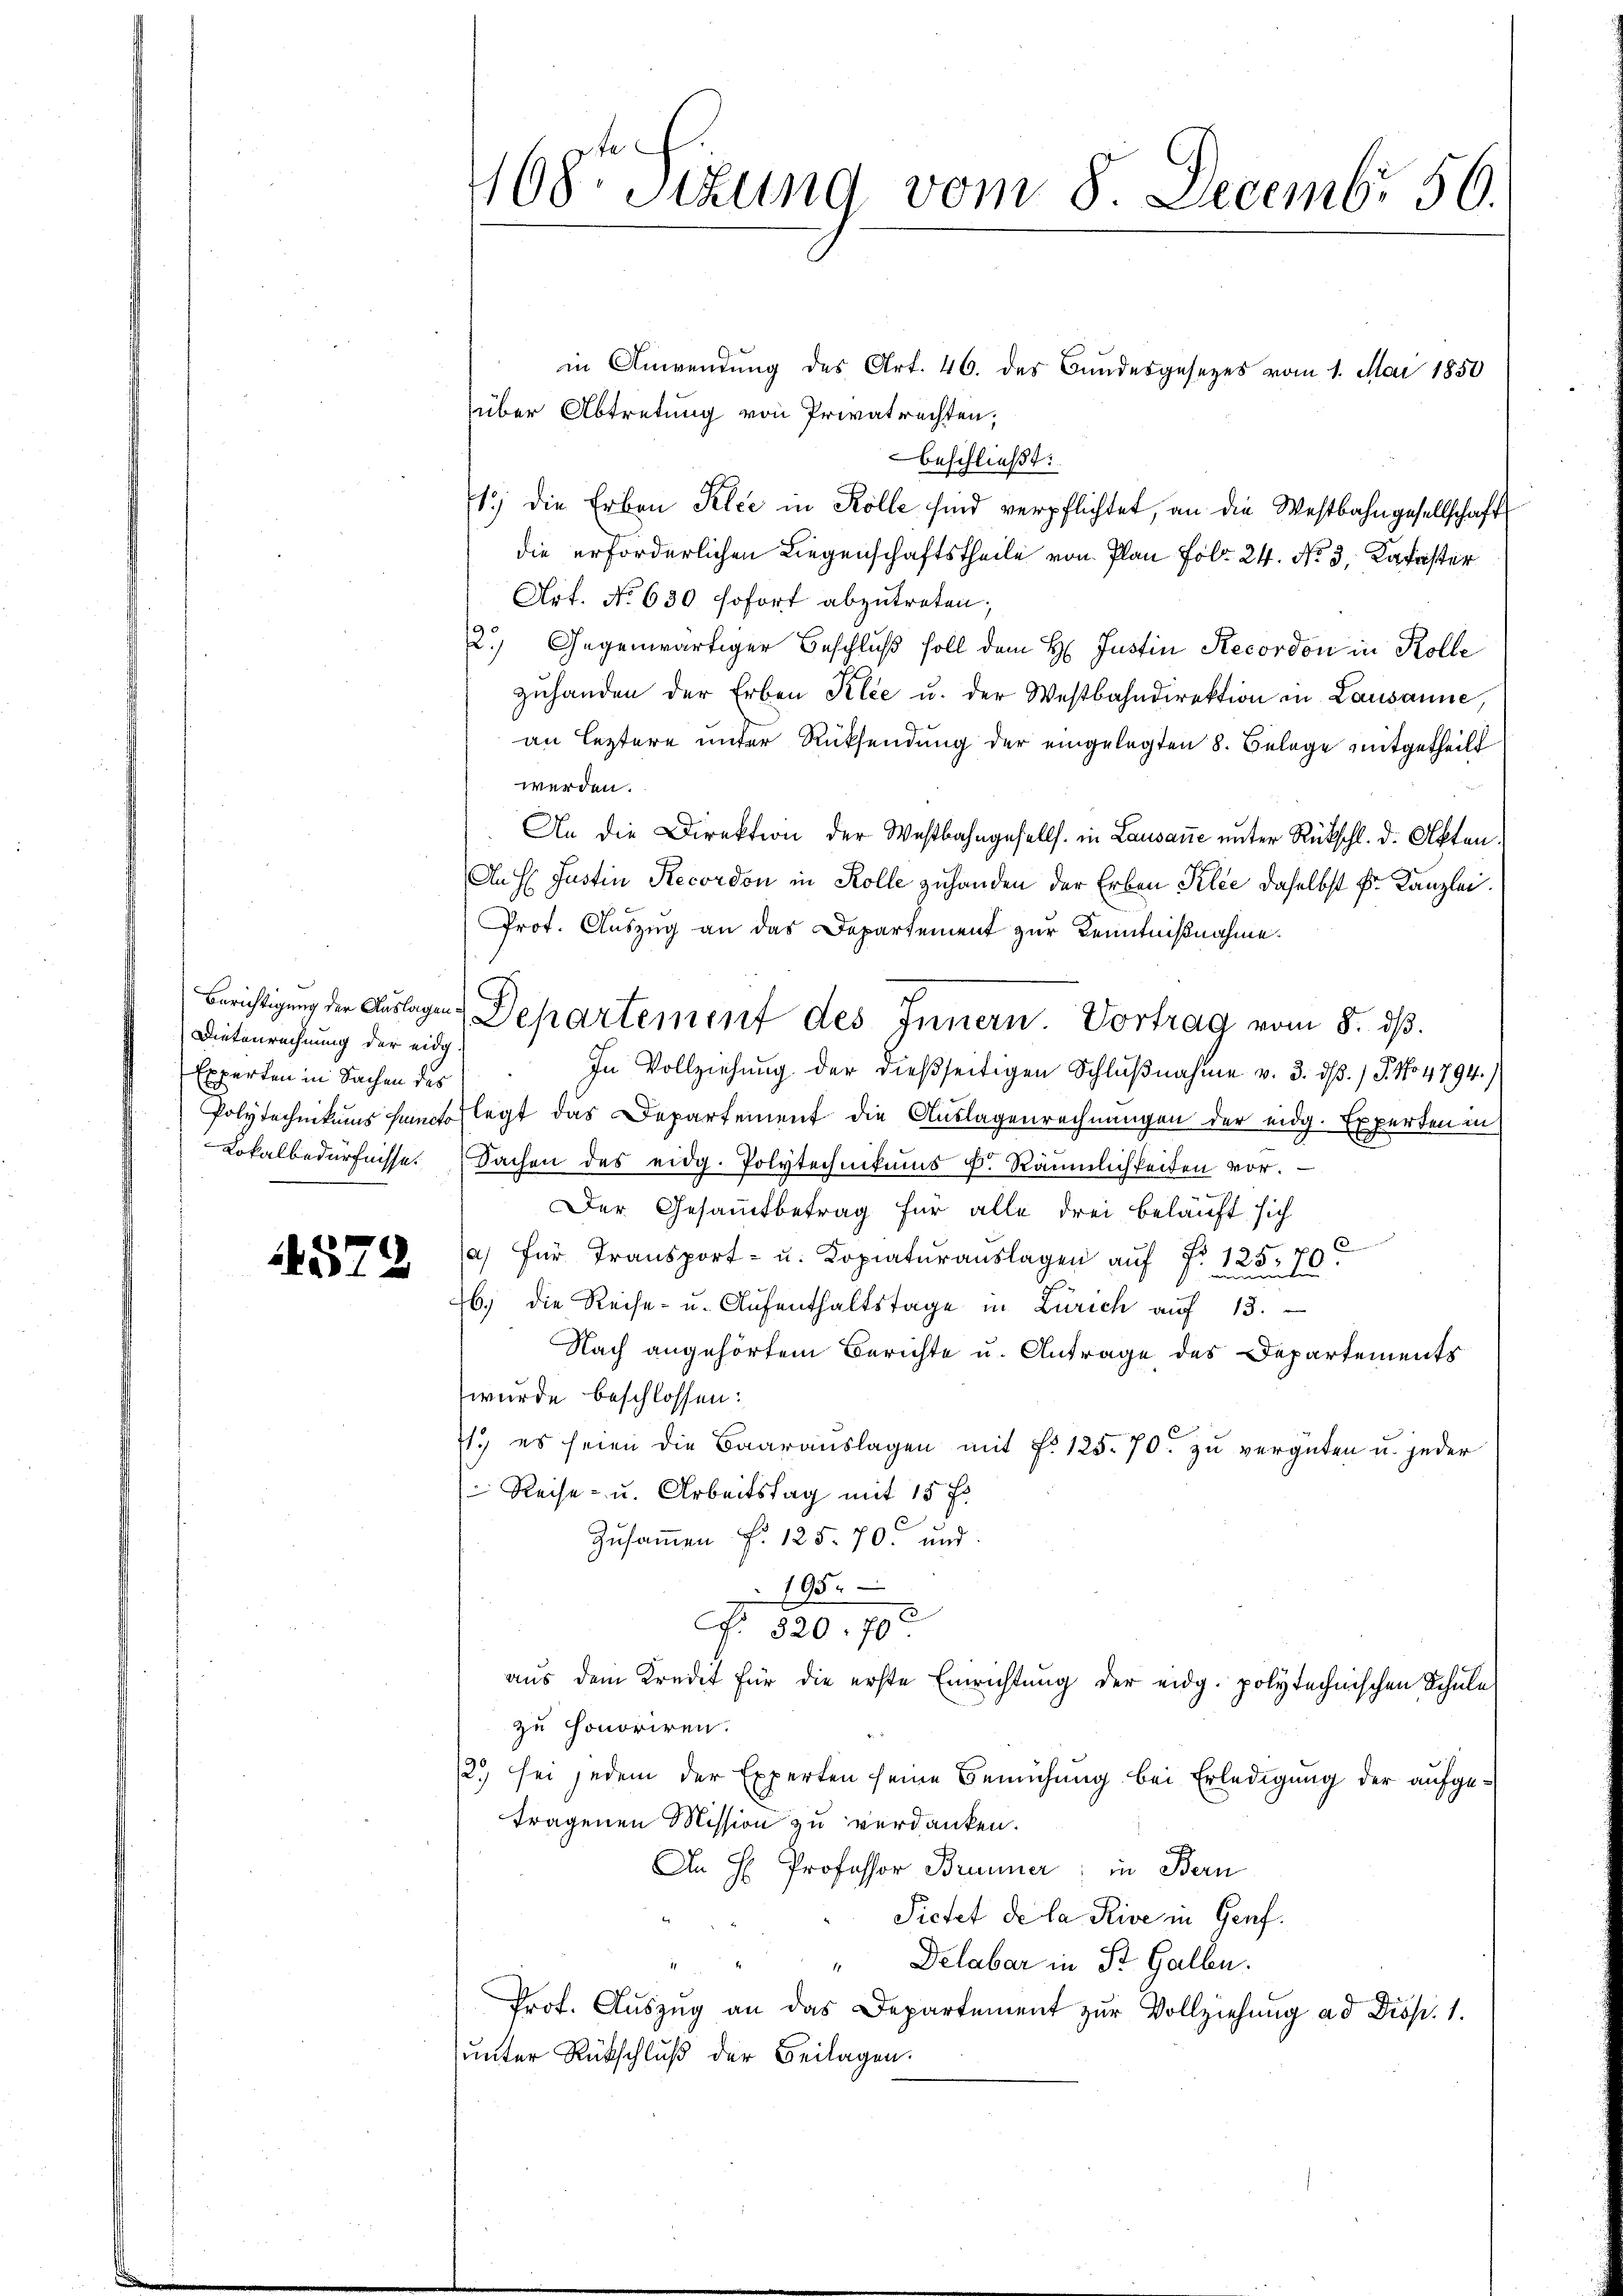
Dietenrechnung der eidg.
Experten in Sachen des

1579

in Anwendung des Art. 46. des Bundesgesezes vom 1. Mai 1850
über Abtretung von Privatrechten;
beschließt:
1) die Erben Klee in Kolle sind verpflichtet, an die Westbahngesellschaft
die erforderlichen Liegenschaftstheile von Plan Fol. 24. No. 3. Kataster
Art. No 630. sofort abzutreten;
2.) Gegenwärtiger Beschluß soll dem H: Justin Recordon in Kolle
zŭhanden der Erben Klee u. der Westbahndirektion in Lausanne,
an leztere unter Rücksendung der eingelegten 8. Belege mitgetheilt
werden.
An die Direktion der Westbahngesells in Lausane unter Rückschl. d. Akten.
An H. Justin Recordon in Kolle zuhanden der Erben Kilie daselbst Fr. Kanzlei.
Prot. Auszug an das Departement zur Kenntnißnahme.
Berichtigung der Auslagen Departement des Innern Vortrag vom 8. dβ.
In Vollziehung der dießseitigen Schlußnahme v. 3. dβ. / J. No 4794.)
Polytechnikums haupt legt das Departement die Auslagenrechnungen der eidg. Experten in
Lokalbedürfnisse. (Sachen des eidg. Polytechnikums d. Räumlichkeiten vor.
Der Gesammtbetrag für alle drei beläuft sich
a) für Transport- u. Kopiatŭraŭslagen auf Fr. 125. 70
6. die Reise- u. Aŭfenthaltstage in Zürich auf 13.
Nach angehörtem Berichte u. Antrage des Departements
wurde beschlossen:
71.) es seien die Baarauslagen mit f. 125. 70. zu vergüten u. jeder
Reise- u. Arbeitstag mit 15 f.
Zusammen fr. 125. 70. und
195.
No 520. 70
aus dem Kredit für die erste Einrichtung der eidg. polytechnischen Schule
zu honoriren.
12.) sei jedem der Experten seine Bemühung bei Erledigung der aufgetragenen Mission zu verdanken.
An H. Professor Brunner; in Bern
Sietet de la Reise in Genf.
Delabar in St. Gallen.
Prof. Auszug an das Departement zur Vollziehung ad Disp. 1.
unter Rückschluß der Beilagen.

08 Sizung vom 8. Decembr. 56.